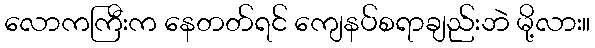
လောကကြီးက နေတတ်ရင် ကျေနပ်စရာချည်းဘဲ မို့လား။